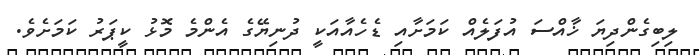
ލިބިގެންދިޔަ ޚާއްސަ އުފަލެއް ކަމަށާއި ޑެހެއާއަކީ ދުނިޔޭގެ އެންމެ މޮޅު ކީޕަރު ކަމަށެވެ.